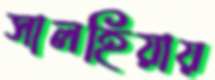
সালহিয়ায়